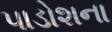
પાડોશના